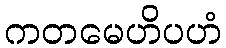
ကတမေဟိပဟံ